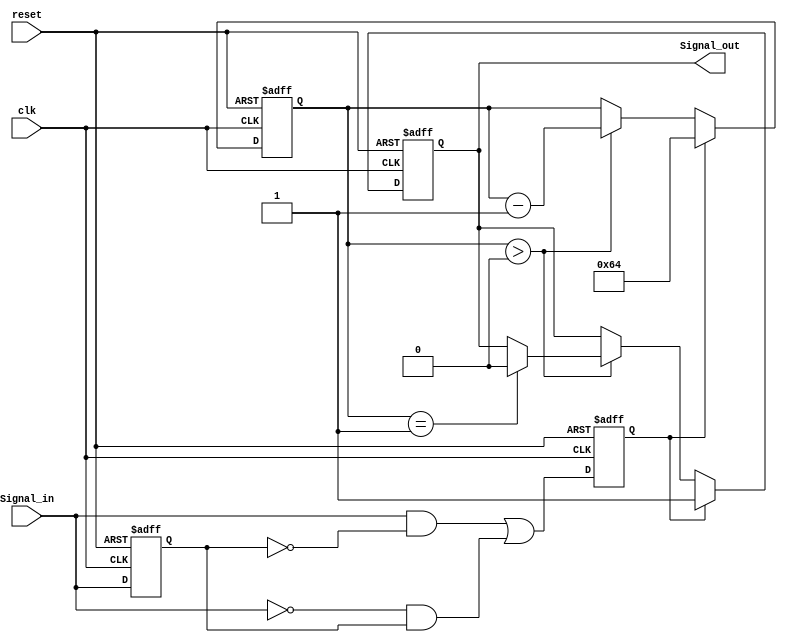
module monostable_edge_detector (
    input wire clk,               // System clock
    input wire reset,             // Asynchronous reset
    input wire Signal_in,         // Input signal to be monitored
    output reg Signal_out         // Output pulse signal
);

    // Parameters
    parameter PULSE_WIDTH = 100;  // Pulse width in clock cycles

    // Internal signals
    reg [6:0] counter;            // Counter for pulse width
    reg Signal_in_d;              // Delayed version of Signal_in
    reg edge_detected;            // Edge detection flag

    // Edge detection logic
    always @(posedge clk or posedge reset) begin
        if (reset) begin
            Signal_in_d <= 1'b0;
            edge_detected <= 1'b0;
        end else begin
            Signal_in_d <= Signal_in; // Sample input signal
            edge_detected <= (Signal_in && !Signal_in_d) || (!Signal_in && Signal_in_d);
        end
    end

    // Pulse generation logic
    always @(posedge clk or posedge reset) begin
        if (reset) begin
            Signal_out <= 1'b0;
            counter <= 7'b0; // Reset the counter
        end else if (edge_detected) begin
            Signal_out <= 1'b1; // Trigger pulse on edge detection
            counter <= PULSE_WIDTH; // Load counter with pulse width
        end else if (counter > 0) begin
            counter <= counter - 1; // Decrement counter
            if (counter == 1) begin
                Signal_out <= 1'b0; // End pulse
            end
        end
    end

endmodule